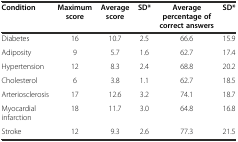
| Condition | Maximum score | Average score | SD* | Average percentage of correct answers | SD* |
 | --- | --- | --- | --- | --- | --- |
 | Diabetes | 16 | 10.7 | 2.5 | 66.6 | 15.9 |
 | Adiposity | 9 | 5.7 | 1.6 | 62.7 | 17.4 |
 | Hypertension | 12 | 8.3 | 2.4 | 68.8 | 20.2 |
 | Cholesterol | 6 | 3.8 | 1.1 | 62.7 | 18.5 |
 | Arteriosclerosis | 17 | 12.6 | 3.2 | 74.1 | 18.7 |
 | Myocardial infarction | 18 | 11.7 | 3.0 | 64.8 | 16.8 |
 | Stroke | 12 | 9.3 | 2.6 | 77.3 | 21.5 |